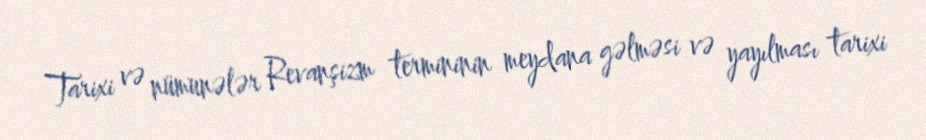
Tarixi və nümunələr Revanşizm termininin meydana gəlməsi və yayılması tarixi